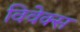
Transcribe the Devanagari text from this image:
विवेक्स